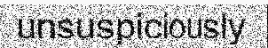
unsuspiciously